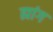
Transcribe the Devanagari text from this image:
ह्मांग